Vaccination in the Punjab 1905-1918 - 1905-1918
Year: 1905
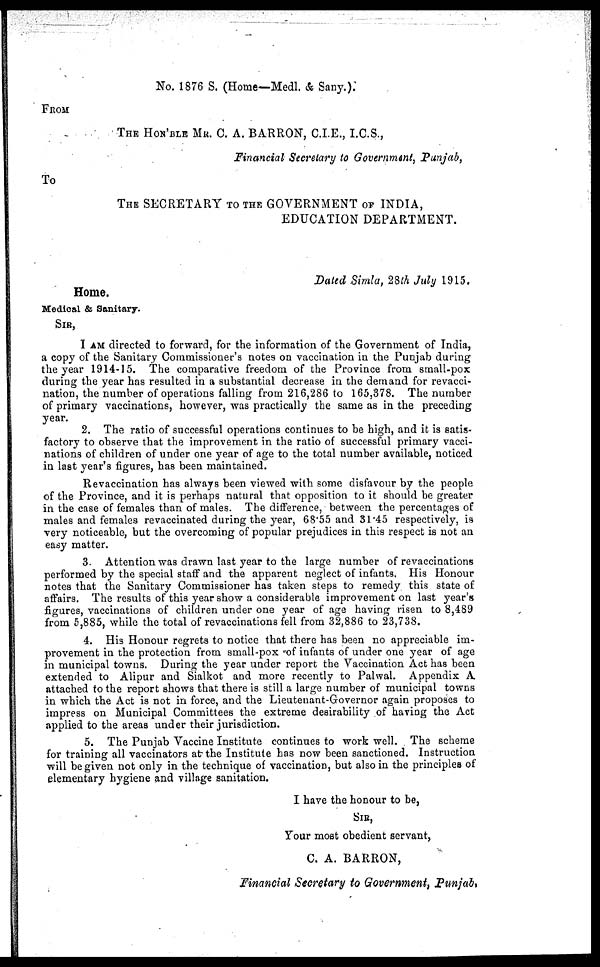
No. 1876 S. (Home—Medl. & Sany.).
FROM
THE HON'BLE MR. C. A. BARRON, C.I.E., I.C.S.,
Financial Secretary to Government, Punjab,
To
THE SECRETARY TO THE GOVERNMENT OF INDIA,
EDUCATION DEPARTMENT.
Dated Simla, 28th July 1915.
Home.
Medical & Sanitary.
SIR,
I AM directed to forward, for the information of the Government of India,
a copy of the Sanitary Commissioner's notes on vaccination in the Punjab during
the year 1914-15. The comparative freedom of the Province from small-pox
during the year has resulted in a substantial decrease in the demand for revacci-
nation, the number of operations falling from 216,286 to 165,378. The number
of primary vaccinations, however, was practically the same as in the preceding
year.
2. The ratio of successful operations continues to be high, and it is satis-
factory to observe that the improvement in the ratio of successful primary vacci-
nations of children of under one year of age to the total number available, noticed
in last year's figures, has been maintained.
Revaccination has always been viewed with some disfavour by the people
of the Province, and it is perhaps natural that opposition to it should be greater
in the case of females than of males. The difference, between the percentages of
males and females revaccinated during the year, 68.55 and 31.45 respectively, is
very noticeable, but the overcoming of popular prejudices in this respect is not an
easy matter.
3. Attention was drawn last year to the large number of revaccinations
performed by the special staff and the apparent neglect of infants. His Honour
notes that the Sanitary Commissioner has taken steps to remedy this state of
affairs. The results of this year show a considerable improvement on last year's
figures, vaccinations of children under one year of age having risen to 8,489
from 5,885, while the total of revaccinations fell from 32,886 to 23,738.
4. His Honour regrets to notice that there has been no appreciable im-
provement in the protection from small-pox of infants of under one year of age
in municipal towns. During the year under report the Vaccination Act has been
extended to Alipur and Sialkot and more recently to Palwal. Appendix A
attached to the report shows that there is still a large number of municipal towns
in which the Act is not in force, and the Lieutenant-Governor again proposes to
impress on Municipal Committees the extreme desirability of having the Act
applied to the areas under their jurisdiction.
5. The Punjab Vaccine Institute continues to work well. The scheme
for training all vaccinators at the Institute has now been sanctioned. Instruction
will be given not only in the technique of vaccination, but also in the principles of
elementary hygiene and village sanitation.
I have the honour to be,
SIR,
Your most obedient servant,
C. A. BARRON,
Financial Secretary to Government, Punjab,